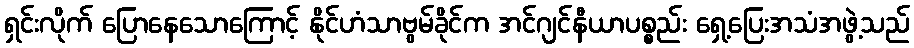
ရှင်းလိုက် ပြောနေသောကြောင့် နိုင်ဟံသာဗွမ်ခိုင်က အင်ဂျင်နီယာပစ္စည်း ရှေ့ပြေးအသံအဖွဲ့သည်